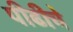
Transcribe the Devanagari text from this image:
पीढीचे